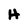
Character: H